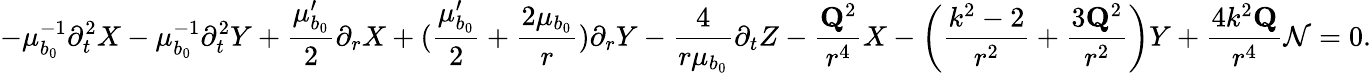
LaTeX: -\mu_{b_{0}}^{-1}\partial_{t}^{2}X-\mu_{b_{0}}^{-1}\partial_{t}^{2}Y+\frac{\mu_{b_{0}}^{\prime}}{2}\partial_{r}X+(\frac{\mu_{b_{0}}^{\prime}}{2}+\frac{2\mu_{b_{0}}}{r})\partial_{r}Y-\frac{4}{r\mu_{b_{0}}}\partial_{t}Z-\frac{\mathbf{Q}^{2}}{r^{4}}X-\left(\frac{k^{2}-2}{r^{2}}+\frac{3\mathbf{Q}^{2}}{r^{2}}\right)Y+\frac{4k^{2}\mathbf{Q}}{r^{4}}\mathcal{N}=0.